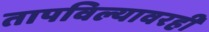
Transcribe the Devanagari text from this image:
तापविल्यावरही